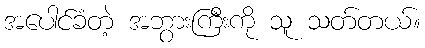
အပေါင်ခံတဲ့ အဘွားကြီးကို သူ သတ်တယ်။